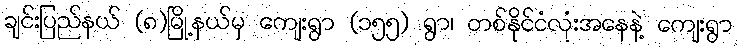
ချင်းပြည်နယ် (၈)မြို့နယ်မှ ကျေးရွာ (၁၅၅) ရွာ၊ တစ်နိုင်ငံလုံးအနေနဲ့ ကျေးရွာ